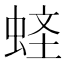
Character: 𧋧